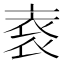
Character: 𲀭